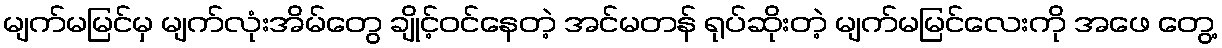
မျက်မမြင်မှ မျက်လုံးအိမ်တွေ ချိုင့်ဝင်နေတဲ့ အင်မတန် ရုပ်ဆိုးတဲ့ မျက်မမြင်လေးကို အဖေ တွေ့